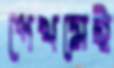
পেখমেই